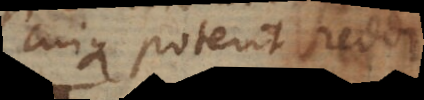
cuique poterit reddi.